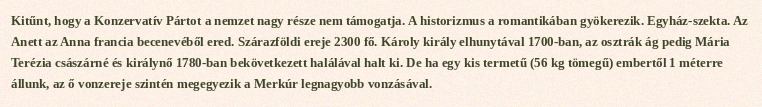
Kitűnt, hogy a Konzervatív Pártot a nemzet nagy része nem támogatja. A historizmus a romantikában gyökerezik. Egyház-szekta. Az Anett az Anna francia becenevéből ered. Szárazföldi ereje 2300 fő. Károly király elhunytával 1700-ban, az osztrák ág pedig Mária Terézia császárné és királynő 1780-ban bekövetkezett halálával halt ki. De ha egy kis termetű (56 kg tömegű) embertől 1 méterre állunk, az ő vonzereje szintén megegyezik a Merkúr legnagyobb vonzásával.